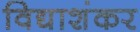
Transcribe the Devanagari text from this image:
विद्याशंकर